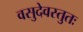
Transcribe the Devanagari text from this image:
वसुदेवस्तुतः